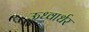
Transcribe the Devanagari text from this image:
ऊध्वार्धर